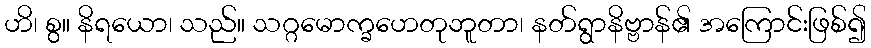
ဟိ၊ စွ။ နိရယော၊ သည်။ သဂ္ဂမောက္ခဟေတုဘူတာ၊ နတ်ရွာနိဗ္ဗာန်၏ အကြောင်းဖြစ်၍